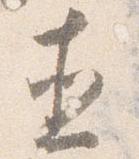
直